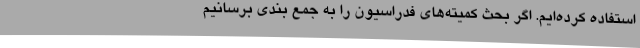
استفاده کرده‌ایم. اگر بحث کمیته‌های فدراسیون را به جمع بندی برسانیم